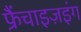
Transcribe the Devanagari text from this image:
फ्रैंचाइज़इंग